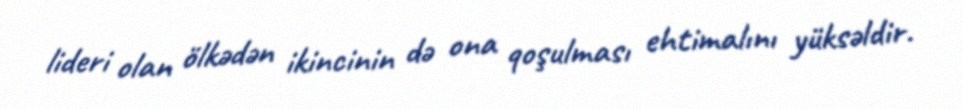
lideri olan ölkədən ikincinin də ona qoşulması ehtimalını yüksəldir.